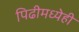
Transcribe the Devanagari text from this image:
पिढीमध्येही